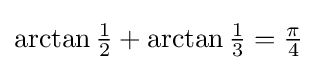
{\textstyle \arctan {\frac {1}{2}}+\arctan {\frac {1}{3}}={\frac {\pi }{4}}}